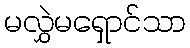
မလွှဲမရှောင်သာ